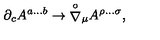
{ \partial } _ { c } A ^ { a \dots b } \rightarrow { \stackrel { \circ } { \nabla } } { } _ { \mu } A ^ { \rho \dots \sigma } ,